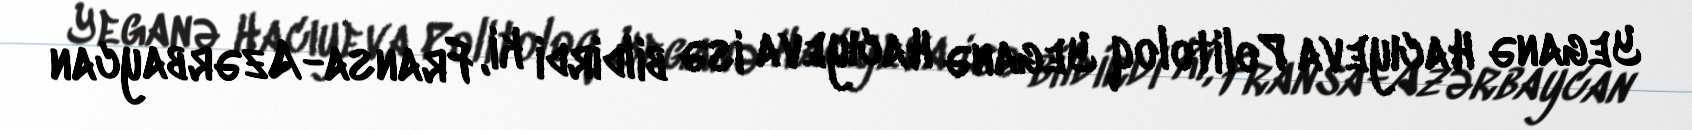
Yeganə Hacıyeva Politoloq Yeganə Hacıyeva isə bildirdi ki, Fransa-Azərbaycan